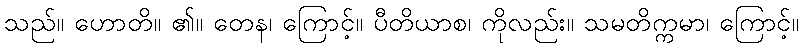
သည်။ ဟောတိ။ ၏။ တေန၊ ကြောင့်။ ပီတိယာစ၊ ကိုလည်း။ သမတိက္ကမာ၊ ကြောင့်။